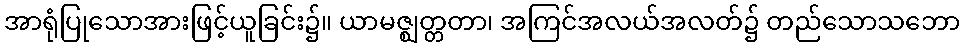
အာရုံပြုသောအားဖြင့်ယူခြင်း၌။ ယာမဇ္ဈတ္တတာ၊ အကြင်အလယ်အလတ်၌ တည်သောသဘော